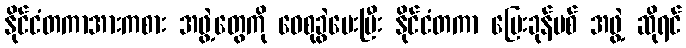
နိုင်ငံတကာအားကစား အဖွဲ့တွေကို ဝေစုခွဲပေးပြီး နိုင်ငံတကာ ပြေးခုန်ပစ် အဖွဲ့ ဆိုရင်